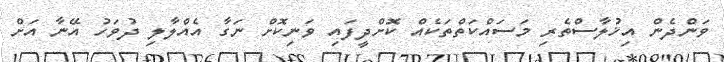
ވަންދެން އިޚުލާސްތެރި މަސައްކަތްތަކެއް ކޮށްދީފައި ވަނިކޮށް ނަގާ އެއްލާލި ދުވަހު އޭނާ އަށް